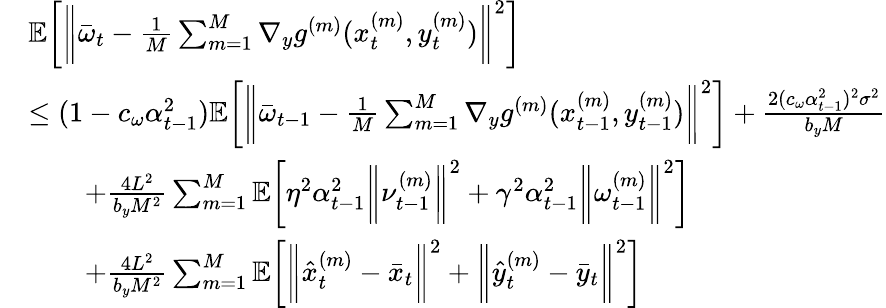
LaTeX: \begin{array}{rl}&{\mathbb{E}\bigg[\bigg\| \bar{\omega}_{t}-\frac{1}{M}\sum_{m=1}^{M}\nabla_{y}g^{(m)}(x_{t}^{(m)},y_{t}^{(m)})\bigg\| ^{2}\bigg]}\\ &{\leq(1-c_{\omega}\alpha_{t-1}^{2})\mathbb{E}\bigg[\bigg\| \bar{\omega}_{t-1}-\frac{1}{M}\sum_{m=1}^{M}\nabla_{y}g^{(m)}(x_{t-1}^{(m)},y_{t-1}^{(m)})\bigg\| ^{2}\bigg]+\frac{2(c_{\omega}\alpha_{t-1}^{2})^{2}\sigma^{2}}{b_{y}M}}\\ &{\qquad+\frac{4L^{2}}{b_{y}M^{2}}\sum_{m=1}^{M}\mathbb{E}\bigg[\eta^{2}\alpha_{t-1}^{2}\bigg\| \nu_{t-1}^{(m)}\bigg\| ^{2}+\gamma^{2}\alpha_{t-1}^{2}\bigg\| \omega_{t-1}^{(m)}\bigg\| ^{2}\bigg]}\\ &{\qquad+\frac{4L^{2}}{b_{y}M^{2}}\sum_{m=1}^{M}\mathbb{E}\bigg[\bigg\| \hat{x}_{t}^{(m)}-\bar{x}_{t}\bigg\| ^{2}+\bigg\| \hat{y}_{t}^{(m)}-\bar{y}_{t}\bigg\| ^{2}\bigg]}\end{array}